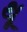
થૂ